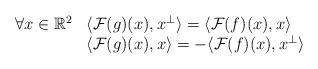
LaTeX: \begin{align*}\begin{array}{ll}\forall x\in\mathbb{R}^2 & \langle \mathcal{F}(g)(x), x^\perp\rangle = \langle \mathcal{F}(f)(x), x\rangle\\& \langle \mathcal{F}(g)(x), x\rangle = - \langle \mathcal{F}(f)(x), x^\perp\rangle\end{array}\end{align*}